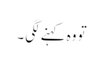
تو وہ کہنے لگی ۔